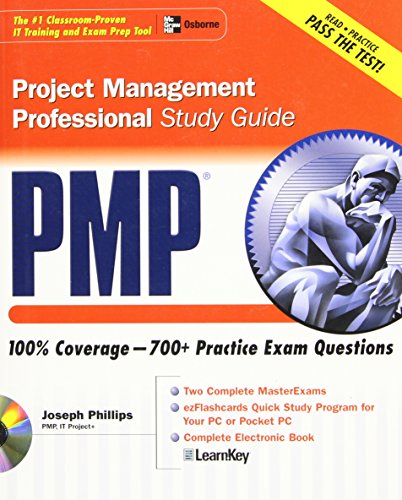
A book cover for PMP Project Management Professional Study Guide (Certification Press); Joseph Phillips; Test Preparation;